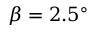
\beta = 2 . 5 ^ { \circ }